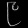
Digit: ၉